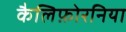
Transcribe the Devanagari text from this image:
कैलिफ़ोरनिया